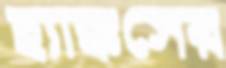
হ্যাঙ্কসের